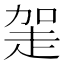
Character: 𧻅